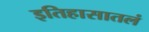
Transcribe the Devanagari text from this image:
इतिहासातलं